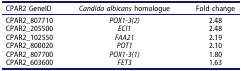
<table><thead><tr><td><b>CPAR2 GeneID</b></td><td><b><i>Candida albicans</i> homologue</b></td><td><b>Fold change</b></td></tr></thead><tbody><tr><td>CPAR2_807710</td><td><i>POX1-3(2)</i></td><td>2.48</td></tr><tr><td>CPAR2_205500</td><td><i>ECI1</i></td><td>2.48</td></tr><tr><td>CPAR2_102550</td><td><i>FAA21</i></td><td>2.19</td></tr><tr><td>CPAR2_800020</td><td><i>POT1</i></td><td>2.10</td></tr><tr><td>CPAR2_807700</td><td><i>POX1-3(1)</i></td><td>1.80</td></tr><tr><td>CPAR2_603600</td><td><i>FET3</i></td><td>1.63</td></tr></tbody></table>